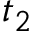
t _ { 2 }